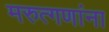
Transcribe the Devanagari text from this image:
मरुत्गणांना